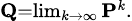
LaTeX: \scriptstyle\mathbf{Q}=\operatorname*{lim}_{k\to\infty}\mathbf{P}^{k}.